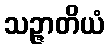
သဉ္ဇာတိယံ